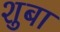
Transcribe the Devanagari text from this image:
शुबा